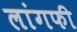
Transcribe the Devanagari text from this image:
लांगफी